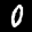
Label: 0